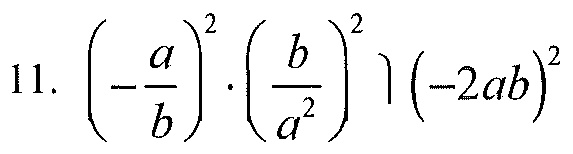
11. $\left(-\frac{a}{b}\right)^{2}\cdot\left(\frac{b}{a^{2}}\right)^{2}\left(-2ab\right)^{2}$